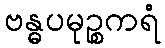
ဗန္ဓပမုဉ္စကရံ